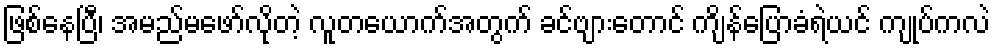
ဖြစ်နေပြီ၊ အမည်မဖော်လိုတဲ့ လူတယောက်အတွက် ခင်ဗျားတောင် ကျိန်ပြောခံရဲယင် ကျုပ်ကလဲ